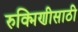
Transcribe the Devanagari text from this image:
रुक्मिणीसाठी